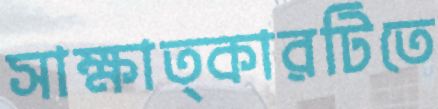
সাক্ষাত্কারটিতে